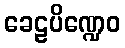
ခေဠပိဏ္ဍေဝ